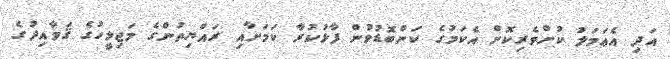
އަދި އެޢަމަލު ކުށްވެރިކޮށް އެކަމުގެ ކަންބޮޑުވުން ފާޅުކުރާ ކަމަށާއި ރައްޔިތުންގެ މަޖިލީހުގެ ޤަވާއިދުގެ